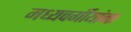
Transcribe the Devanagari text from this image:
मध्यवर्गीयांना